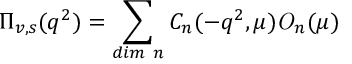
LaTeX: \Pi _ { v , s } ( q ^ { 2 } ) = \sum _ { d i m ~ n } C _ { n } ( - q ^ { 2 } , \mu ) { \it O } _ { n } ( \mu )